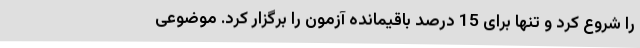
را شروع کرد و تنها برای 15 درصد باقیمانده آزمون را برگزار کرد. موضوعی